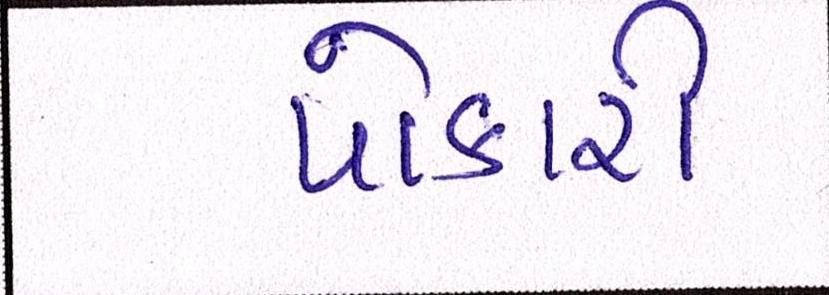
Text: પોકારી